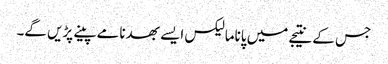
جس کے نتیجے میں پاناما لیکس ایسے بھدنامے پینے پڑیں گے۔